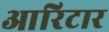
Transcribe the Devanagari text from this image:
आरिटार